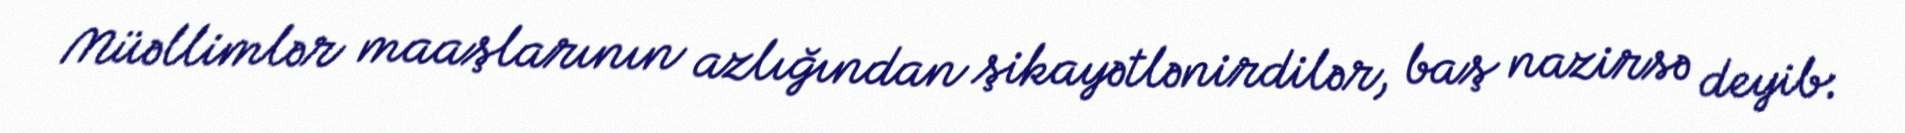
Müəllimlər maaşlarının azlığından şikayətlənirdilər, baş nazirsə deyib: